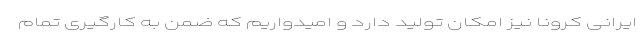
ایرانی کرونا نیز امکان تولید دارد و امیدواریم که ضمن به کارگیری تمام